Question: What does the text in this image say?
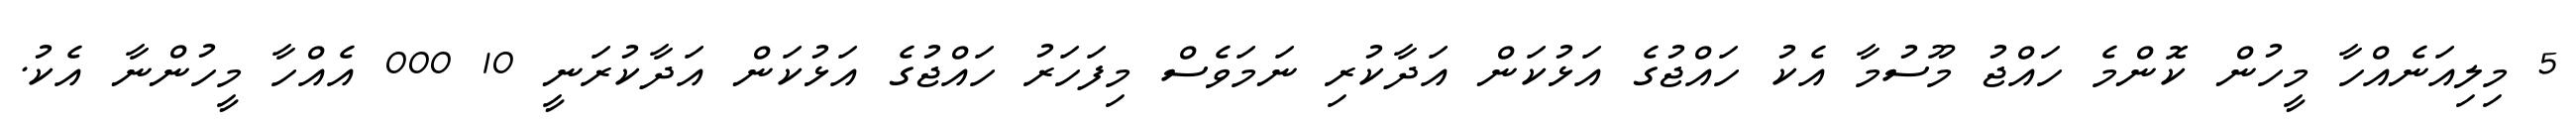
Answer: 5 މިލިއަނެއްހާ މީހުން ކޮންމެ ހައްޖު މޫސުމާ އެކު ހައްޖުގެ އަޅުކަން އަދާކުރި ނަމަވެސް މިފަހަރު ހައްޖުގެ އަޅުކަން އަދާކުރަނީ 10 000 އެއްހާ މީހުންނާ އެކު.